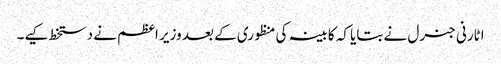
اٹارنی جنرل نے بتایا کہ کابینہ کی منظوری کے بعد وزیر اعظم نے دستخط کیے۔